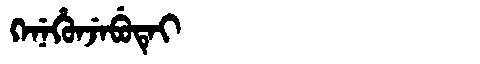
Manchu: ᡴᡝᠨᡝᡥᡠᠨᠵᡝᠪᡠᡨᡝᡳ
Romanization: KENEHUNJEBUTEI